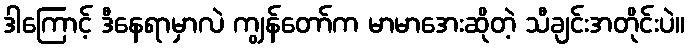
ဒါကြောင့် ဒီနေရာမှာလဲ ကျွန်တော်က မာမာအေးဆိုတဲ့ သီချင်းအတိုင်းပဲ။